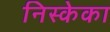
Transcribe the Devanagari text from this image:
निस्केका